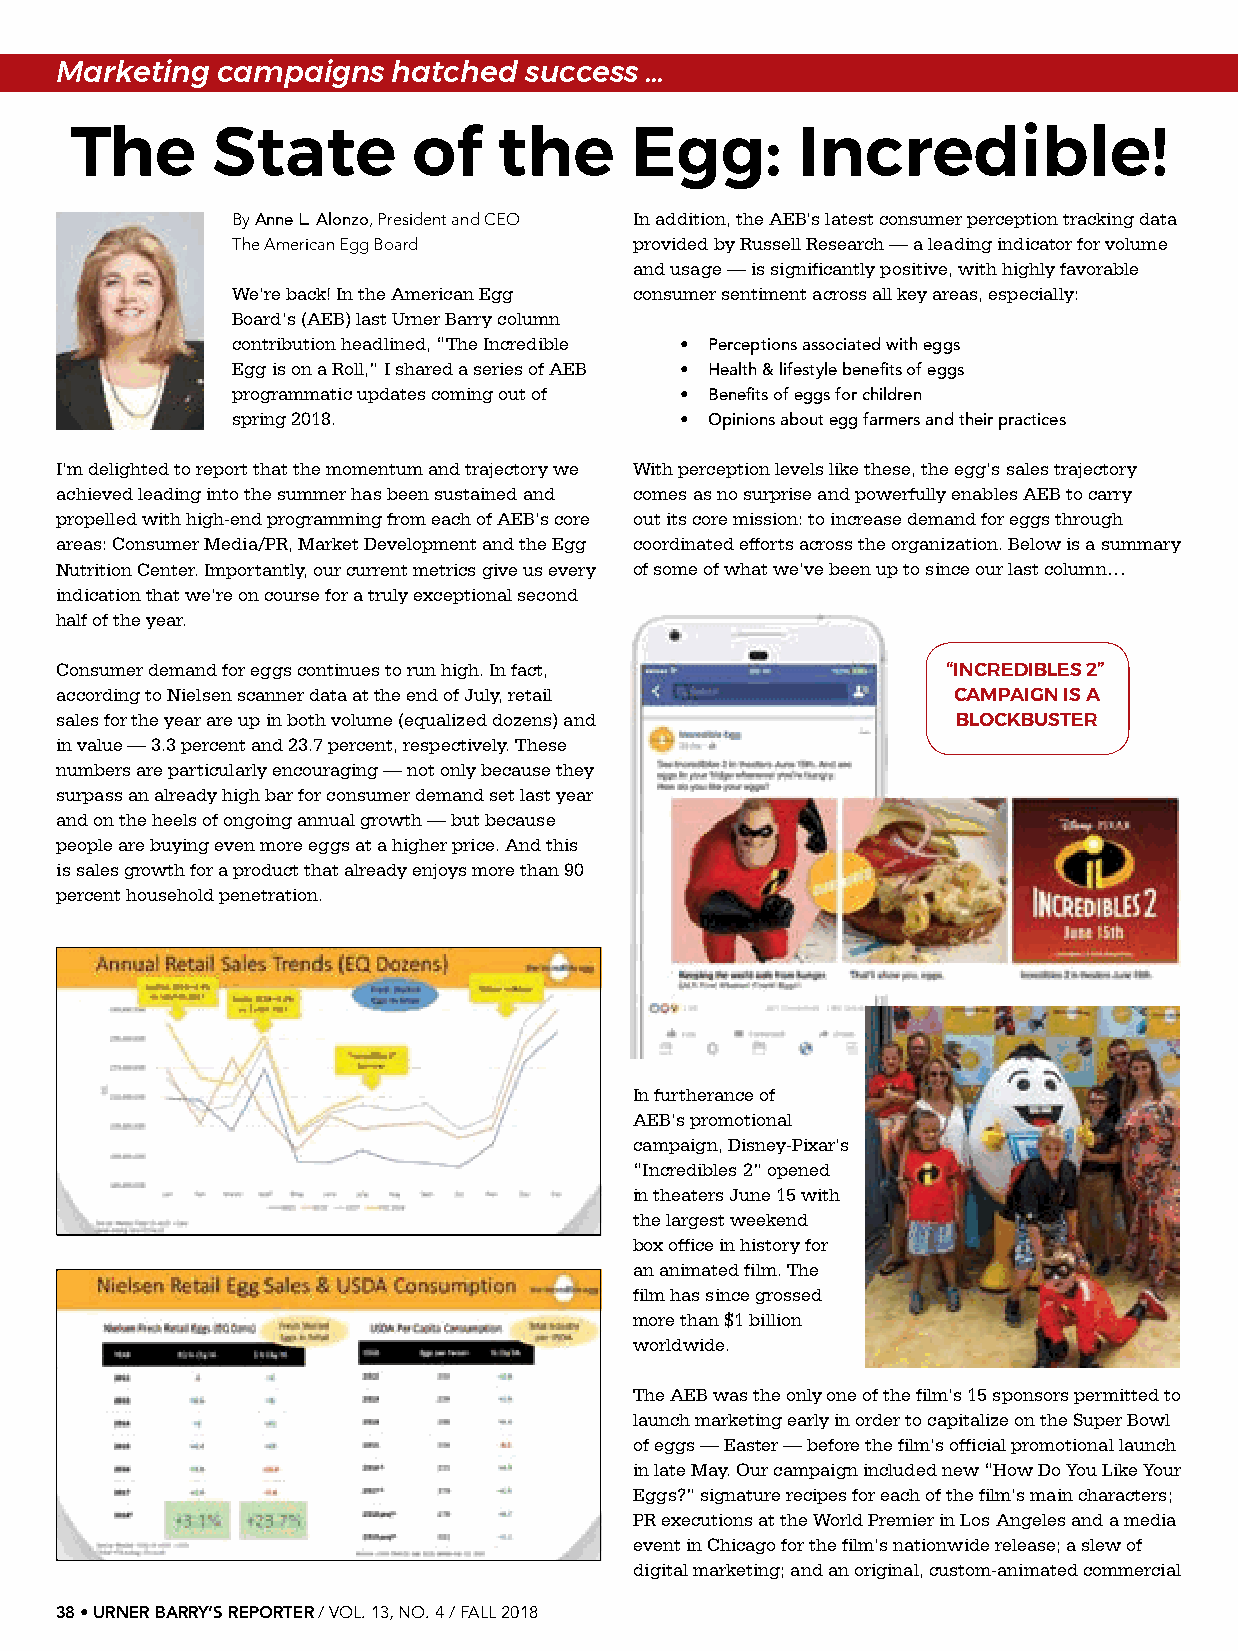
Marketing campaigns   hatched  success …
 The      State        of    the      Egg:       Incredible!
 By Anne L. Alonzo, President and CEO In addition, the AEB’s latest consumer perception tracking data
 The American Egg Board     provided by Russell Research — a leading indicator for volume
 and usage — is significantly positive, with highly favorable
 We’re back! In the American Egg consumer sentiment across all key areas, especially:
 Board’s (AEB) last Urner Barry column
 contribution headlined, “The Incredible • Perceptions associated with eggs
 Egg is on a Roll,” I shared a series of AEB • Health & lifestyle benefits of eggs
 programmatic updates coming out of • Benefits of eggs for children
 spring 2018.                  • Opinions about egg farmers and their practices
 I’m delighted to report that the momentum and trajectory we With perception levels like these, the egg’s sales trajectory
 achieved leading into the summer has been sustained and comes as no surprise and powerfully enables AEB to carry
 propelled with high-end programming from each of AEB’s core out its core mission: to increase demand for eggs through
 areas: Consumer Media/PR, Market Development and the Egg coordinated efforts across the organization. Below is a summary
 Nutrition Center. Importantly, our current metrics give us every of some of what we’ve been up to since our last column…
 indication that we’re on course for a truly exceptional second
 half of the year.
 Consumer demand for eggs continues to run high. In fact,   “INCREDIBLES 2”
 according to Nielsen scanner data at the end of July, retail CAMPAIGN IS A
 sales for the year are up in both volume (equalized dozens) and BLOCKBUSTER
 in value — 3.3 percent and 23.7 percent, respectively. These
 numbers are particularly encouraging — not only because they
 surpass an already high bar for consumer demand set last year
 and on the heels of ongoing annual growth — but because
 people are buying even more eggs at a higher price. And this
 is sales growth for a product that already enjoys more than 90
 percent household penetration.
 In furtherance of
 AEB’s promotional
 campaign, Disney-Pixar’s
 “Incredibles 2” opened
 in theaters June 15 with
 the largest weekend
 box office in history for
 an animated film. The
 film has since grossed
 more than $1 billion
 worldwide.
 The AEB was the only one of the film’s 15 sponsors permitted to
 launch marketing early in order to capitalize on the Super Bowl
 of eggs — Easter — before the film’s official promotional launch
 in late May. Our campaign included new “How Do You Like Your
 Eggs?” signature recipes for each of the film’s main characters;
 PR executions at the World Premier in Los Angeles and a media
 event in Chicago for the film’s nationwide release; a slew of
 digital marketing; and an original, custom-animated commercial
 38 • URNER BARRY’S REPORTER / VOL. 13, NO. 4 / FALL 2018